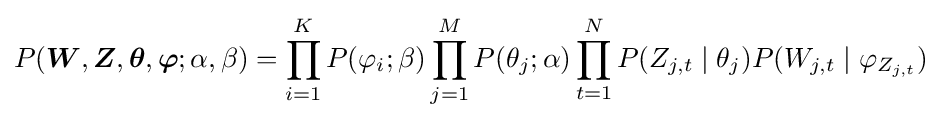
P({\boldsymbol {W}},{\boldsymbol {Z}},{\boldsymbol {\theta }},{\boldsymbol {\varphi }};\alpha ,\beta )=\prod _{i=1}^{K}P(\varphi _{i};\beta )\prod _{j=1}^{M}P(\theta _{j};\alpha )\prod _{t=1}^{N}P(Z_{j,t}\mid \theta _{j})P(W_{j,t}\mid \varphi _{Z_{j,t}})